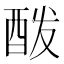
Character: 酦